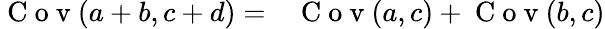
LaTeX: \begin{array}{rl}{\mathrm{~C~o~v~}(a+b,c+d)=}&{{}\mathrm{~C~o~v~}(a,c)+\mathrm{~C~o~v~}(b,c)}\end{array}